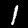
Label: 1